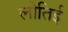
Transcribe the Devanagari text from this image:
लोतिई